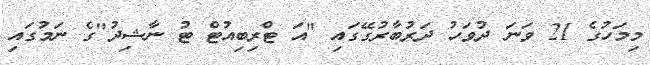
މިމަހުގެ 21 ވަނަ ދުވަހު ދަރުބާރުގޭގައި "އަ ޓްރިބިއުޓް ޓު ނާޝިދު"ގެ ނަމުގައި